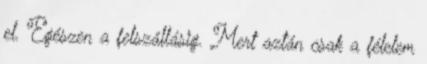
el. Egészen a felszállásig. Mert aztán csak a félelem